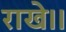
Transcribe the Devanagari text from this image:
राखे।।